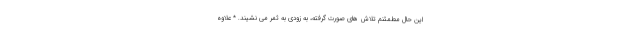
این حال مطمئنم تلاش های صورت گرفته، به زودی به ثمر می نشیند. * علاوه